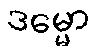
ဒမ္မော